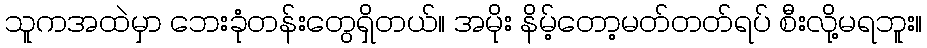
သူကအထဲမှာ ဘေးခုံတန်းတွေရှိတယ်။ အမိုး နိမ့်တော့မတ်တတ်ရပ် စီးလို့မရဘူး။